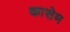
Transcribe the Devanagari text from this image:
कासेम